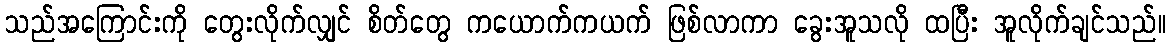
သည်အကြောင်းကို တွေးလိုက်လျှင် စိတ်တွေ ကယောက်ကယက် ဖြစ်လာကာ ခွေးအူသလို ထပြီး အူလိုက်ချင်သည်။